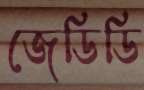
জেডিডি